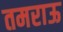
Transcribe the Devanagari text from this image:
तमराऊ